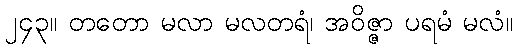
၂၄၃။ တတော မလာ မလတရံ၊ အဝိဇ္ဇာ ပရမံ မလံ။